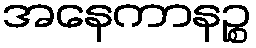
အနေကာနဉ္စ